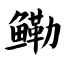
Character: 鳓